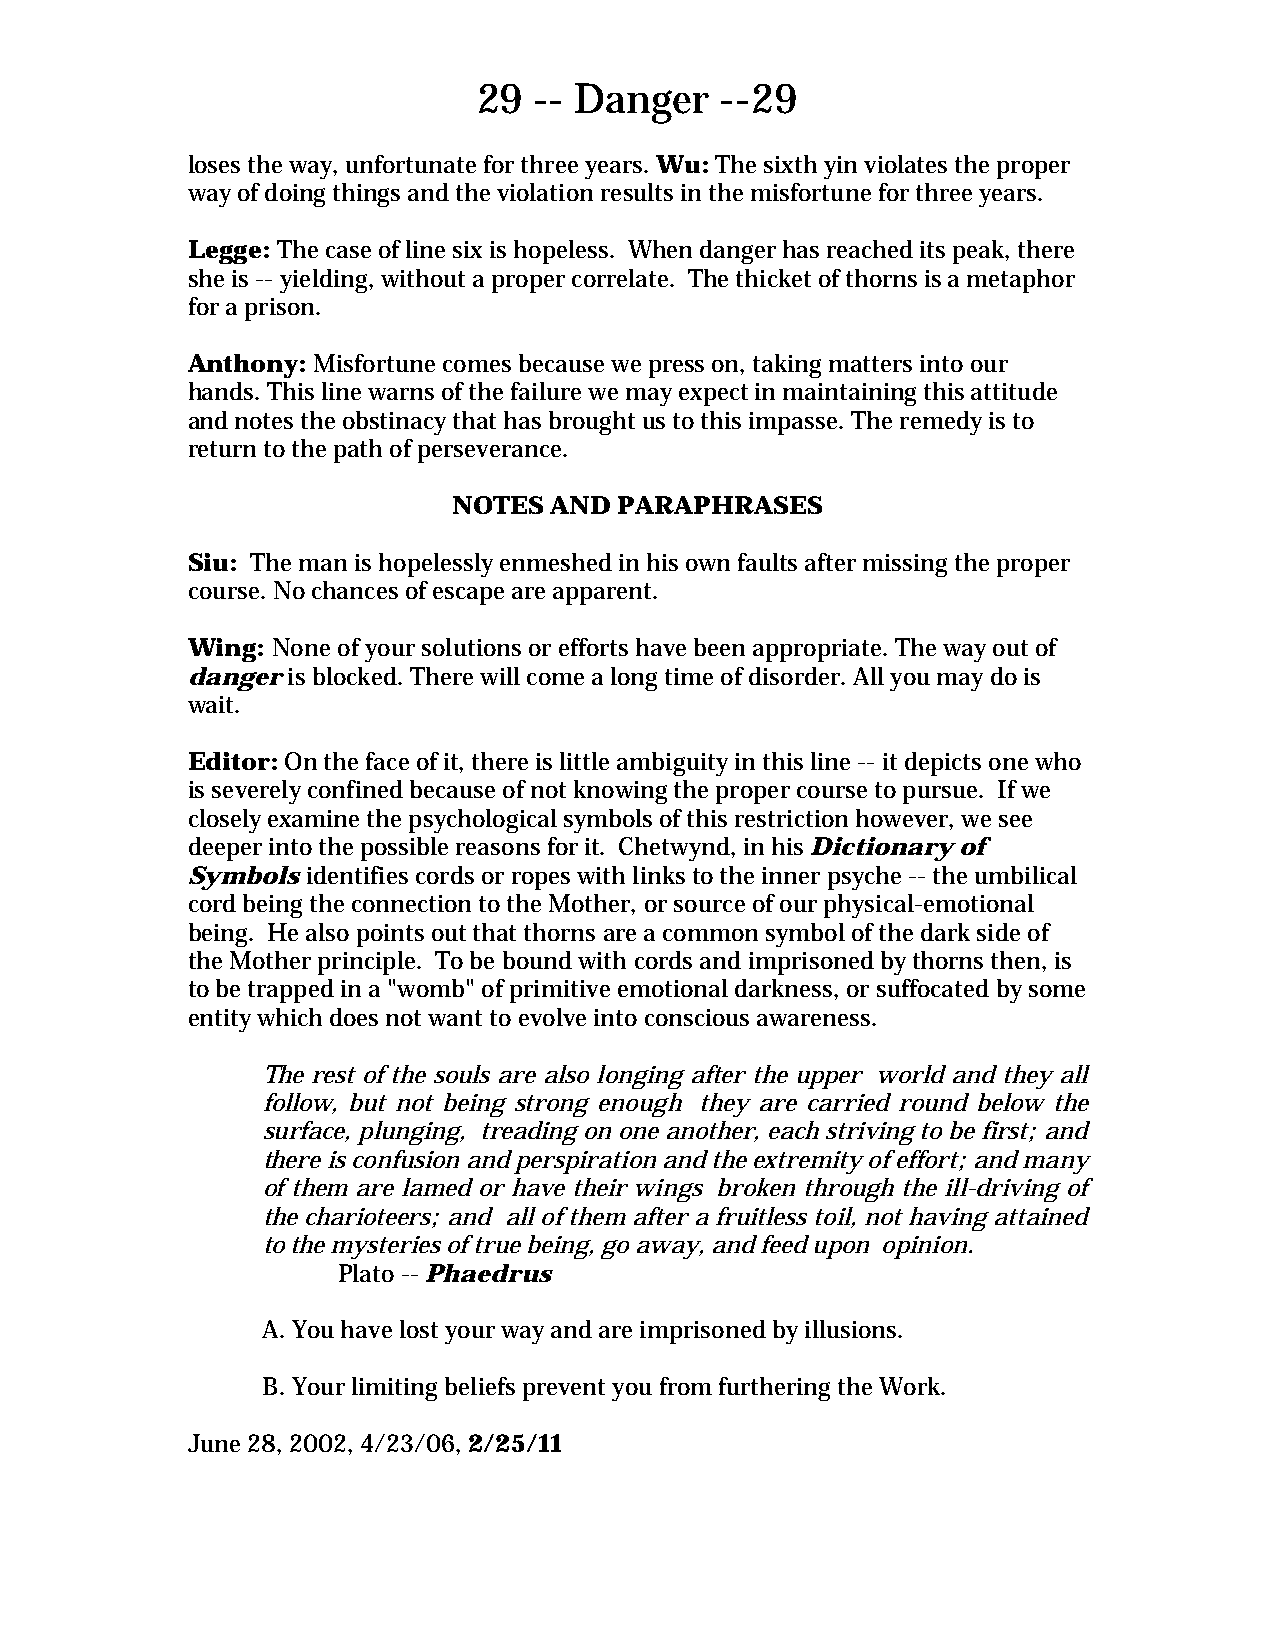
29 -- Danger    --29
 loses the way, unfortunate for three years. Wu: The sixth yin violates the proper
 way of doing things and the violation results in the misfortune for three years.
 Legge: The case of line six is hopeless. When danger has reached its peak, there
 she is -- yielding, without a proper correlate. The thicket of thorns is a metaphor
 for a prison.
 Anthony: Misfortune comes because we press on, taking matters into our
 hands. This line warns of the failure we may expect in maintaining this attitude
 and notes the obstinacy that has brought us to this impasse. The remedy is to
 return to the path of perseverance.
 NOTES AND  PARAPHRASES
 Siu: The man is hopelessly enmeshed in his own faults after missing the proper
 course. No chances of escape are apparent.
 Wing: None of your solutions or efforts have been appropriate. The way out of
 danger is blocked. There will come a long time of disorder. All you may do is
 wait.
 Editor: On the face of it, there is little ambiguity in this line -- it depicts one who
 is severely confined because of not knowing the proper course to pursue. If we
 closely examine the psychological symbols of this restriction however, we see
 deeper into the possible reasons for it. Chetwynd, in his Dictionary of
 Symbols identifies cords or ropes with links to the inner psyche -- the umbilical
 cord being the connection to the Mother, or source of our physical-emotional
 being. He also points out that thorns are a common symbol of the dark side of
 the Mother principle. To be bound with cords and imprisoned by thorns then, is
 to be trapped in a "womb" of primitive emotional darkness, or suffocated by some
 entity which does not want to evolve into conscious awareness.
 The rest of the souls are also longing after the upper world and they all
 follow, but not being strong enough they are carried round below the
 surface, plunging, treading on one another, each striving to be first; and
 there is confusion and perspiration and the extremity of effort; and many
 of them are lamed or have their wings broken through the ill-driving of
 the charioteers; and all of them after a fruitless toil, not having attained
 to the mysteries of true being, go away, and feed upon opinion.
 Plato -- Phaedrus
 A. You have lost your way and are imprisoned by illusions.
 B. Your limiting beliefs prevent you from furthering the Work.
 June 28, 2002, 4/23/06, 2/25/11